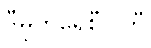
ဒီမိုကရေစီပါတီ